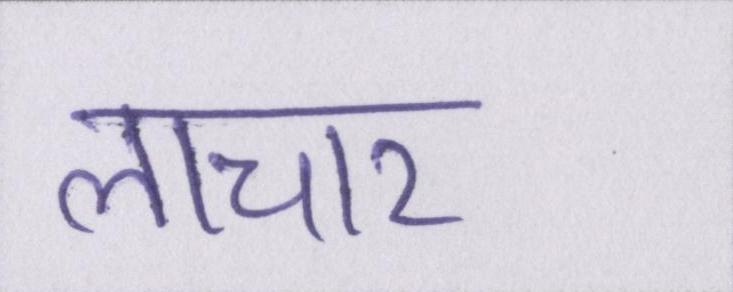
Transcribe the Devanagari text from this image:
लाचार